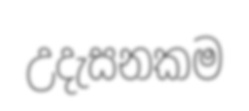
උදැසනකම